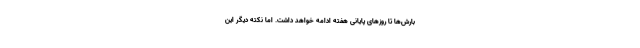
بارش‌ها تا روز‌های پایانی هفته ادامه خواهد داشت. اما نکته دیگر این